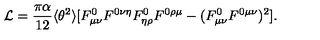
{ \cal L } = \frac { \pi \alpha } { 1 2 } \langle \theta ^ { 2 } \rangle [ F _ { \mu \nu } ^ { 0 } F ^ { 0 \nu \eta } F _ { \eta \rho } ^ { 0 } F ^ { 0 \rho \mu } - ( F _ { \mu \nu } ^ { 0 } F ^ { 0 \mu \nu } ) ^ { 2 } ] .